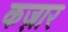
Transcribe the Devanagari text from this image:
कज़ार